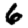
Digit: 6